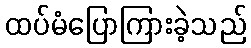
ထပ်မံပြောကြားခဲ့သည်